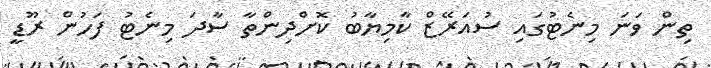
ތިން ވަނަ މިނެޓުގައި ސުއަރޭޒް ކާމިޔާބު ކޮށްދިންތާ ސާދަ މިނެޓު ފަހުން ރޫޑީ